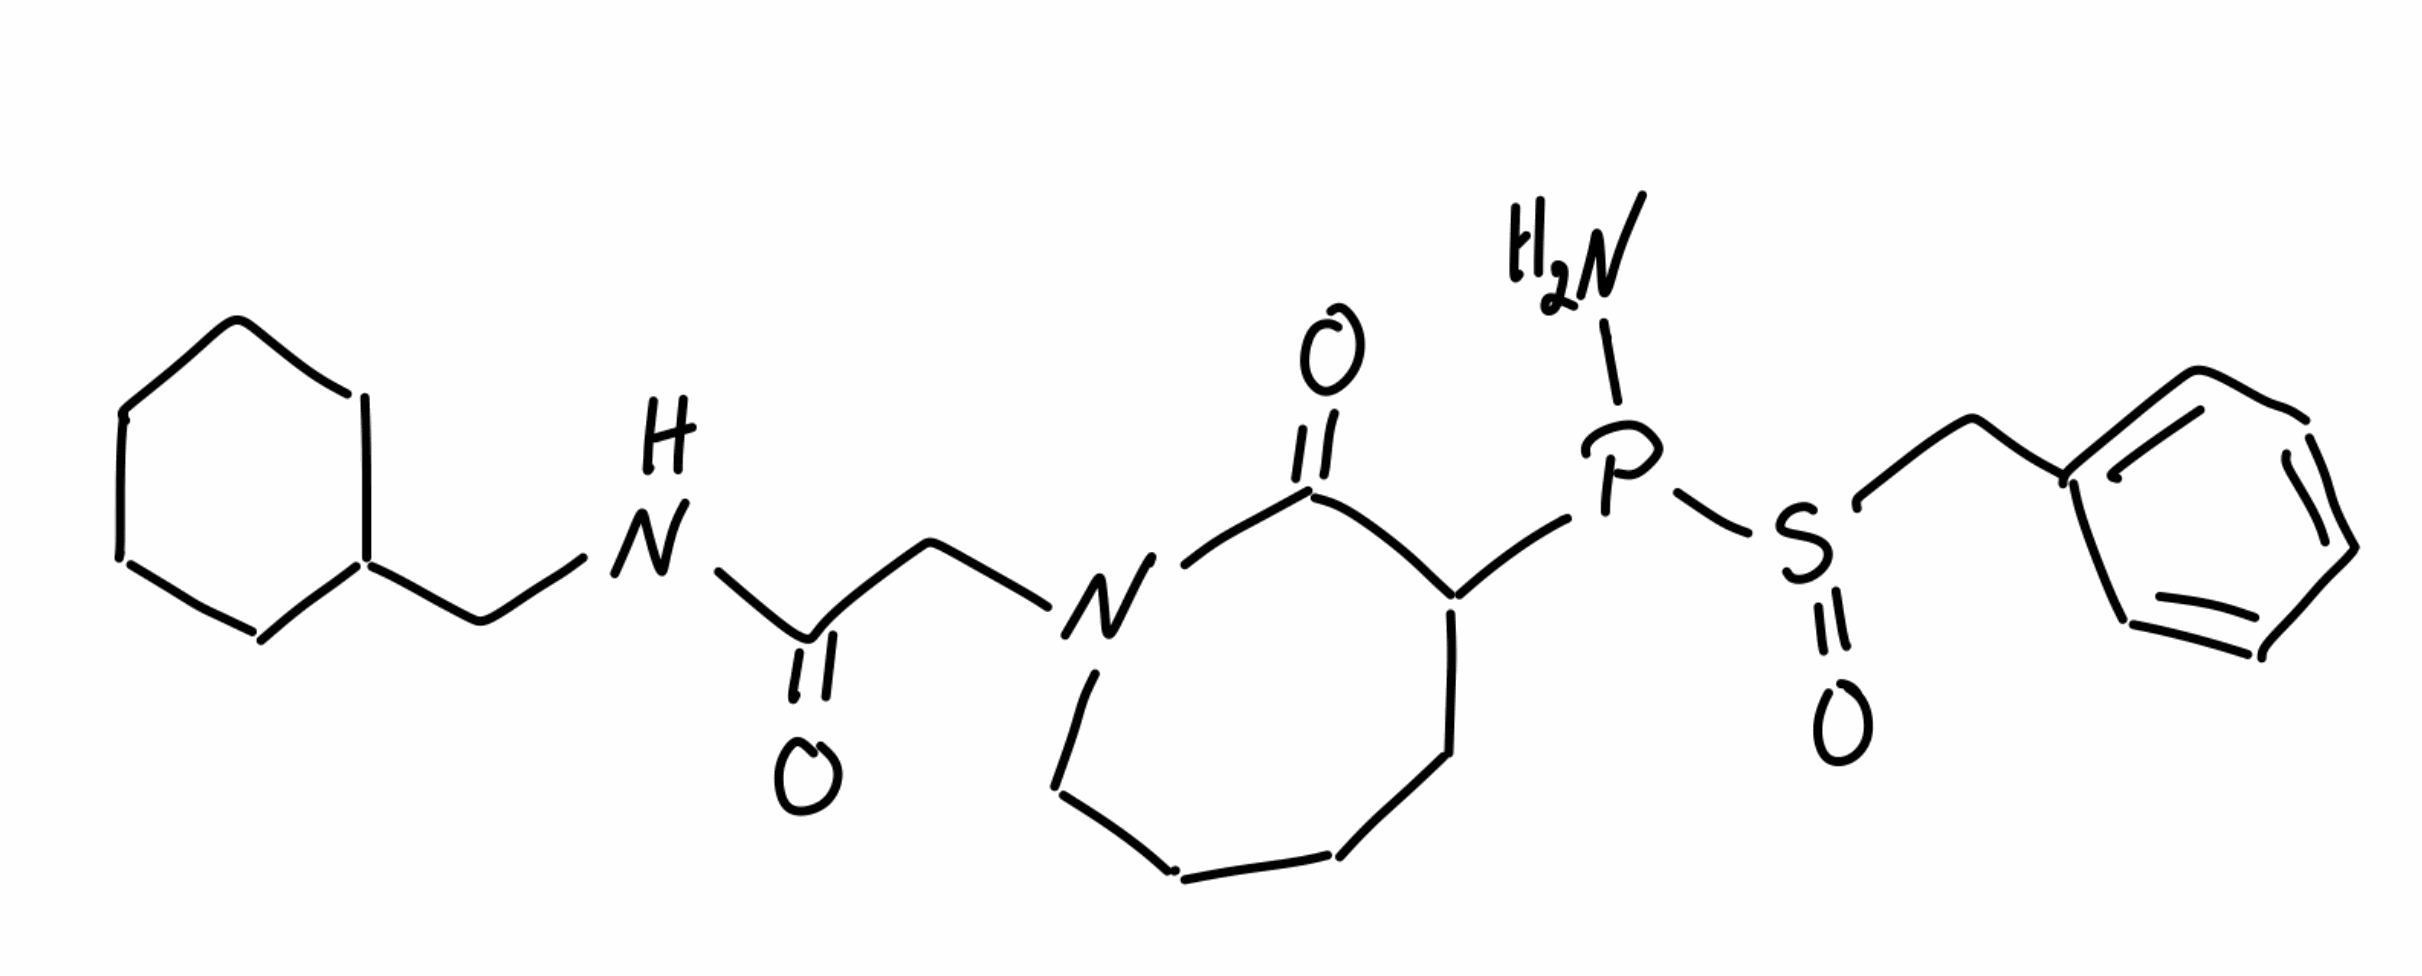
Simplified molecular-input line-entry system (SMILES) notation of the given molecule:
C1CCC(CC1)CNC(=O)CN2CCCCC(C2=O)P(N)S(=O)CC3=CC=CC=C3